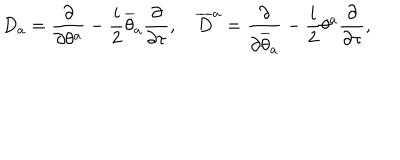
D _ { a } = \frac { \partial } { \partial \theta ^ { a } } - \frac { i } { 2 } \overline { { { \theta } } } _ { a } \frac { \partial } { \partial \tau } , \quad \overline { { { D } } } ^ { a } = \frac { \partial } { \partial \overline { { { \theta } } } _ { a } } - \frac { i } { 2 } \theta ^ { a } \frac { \partial } { \partial \tau } ,